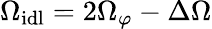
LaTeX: \Omega_{\mathrm{idl}}=2\Omega_{\varphi}-\Delta\Omega